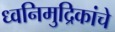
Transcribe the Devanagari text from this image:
ध्वनिमुद्रिकांचे